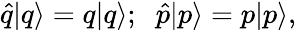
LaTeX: \hat{q}|q\rangle=q|q\rangle;\; \; \hat{p}|p\rangle=p|p\rangle,